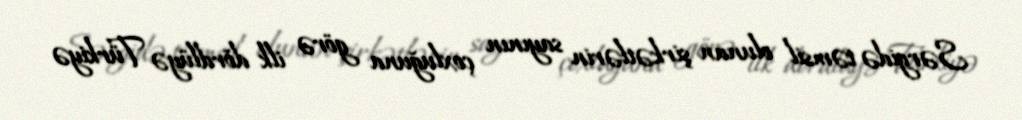
Sərgidə təmsil olunan şirkətlərin sayının çoxluğuna görə ilk dördlüyə Türkiyə